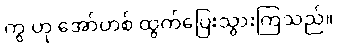
ကွ ဟု အော်ဟစ် ထွက်ပြေးသွားကြသည်။